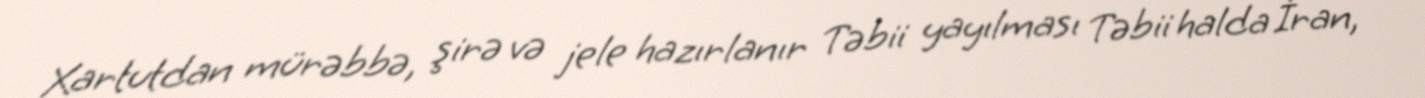
Xartutdan mürəbbə, şirə və jele hazırlanır Təbii yayılması Təbii halda İran,